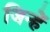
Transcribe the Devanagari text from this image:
जिन्हेें